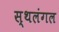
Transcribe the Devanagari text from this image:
स्थलंगल